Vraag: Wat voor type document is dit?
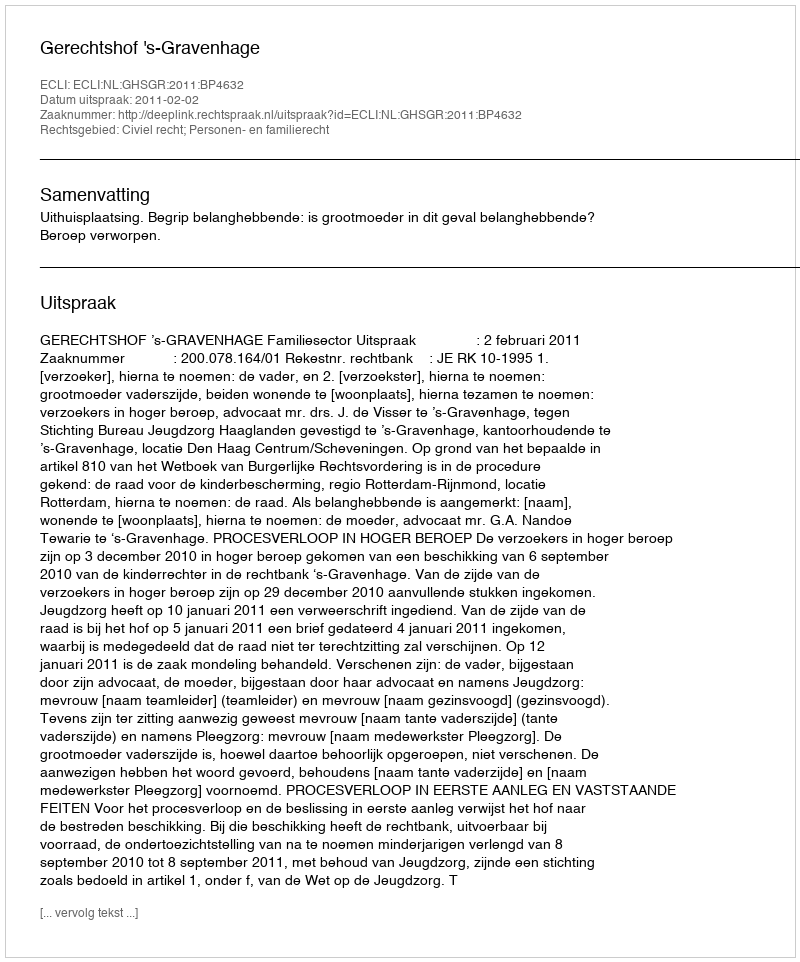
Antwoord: Uitspraak